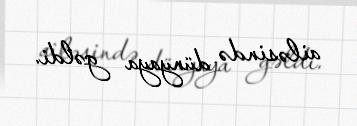
ailəsində dünyaya gəldi.